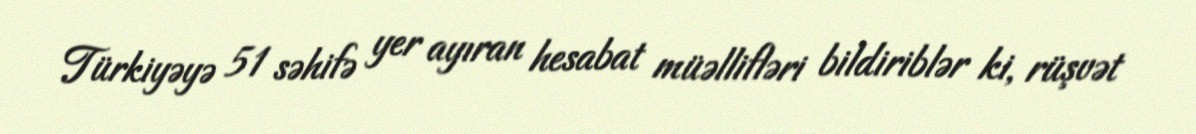
Türkiyəyə 51 səhifə yer ayıran hesabat müəllifləri bildiriblər ki, rüşvət